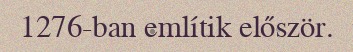
1276-ban említik először.